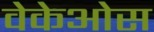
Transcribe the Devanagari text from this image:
वेकेओस